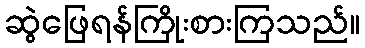
ဆွဲဖြေရန်ကြိုးစားကြသည်။